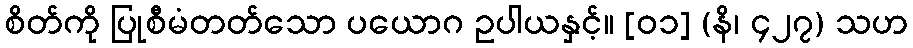
စိတ်ကို ပြုစီမံတတ်သော ပယောဂ ဥပါယနှင့်။ [၀၁] (နိ၊ ၄၂၇) သဟ